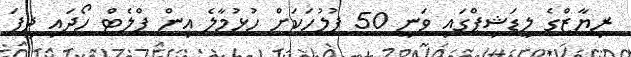
ރިޔާޒްގެ ލީޑަޝިޕްގައި ވަނީ 50 ފުލުހަކަށް ހުޅުމާލެ އިން ފްލެޓް ހޯދައި ދީފަ